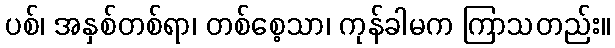
ပစ်၊ အနှစ်တစ်ရာ၊ တစ်စေ့သာ၊ ကုန်ခါမက ကြာသတည်း။